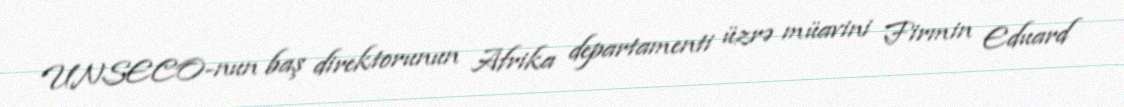
UNSECO-nun baş direktorunun Afrika departamenti üzrə müavini Firmin Eduard